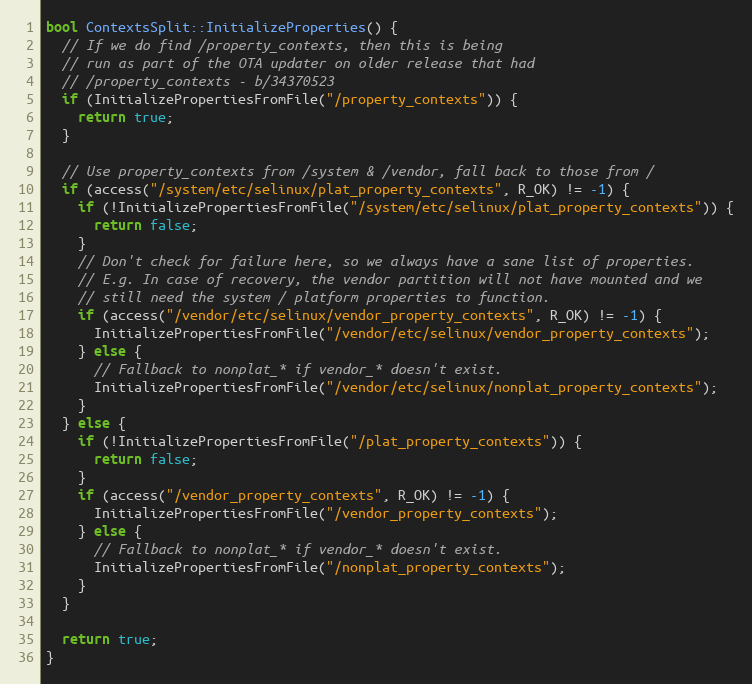
Language: C++
bool ContextsSplit::InitializeProperties() {
  // If we do find /property_contexts, then this is being
  // run as part of the OTA updater on older release that had
  // /property_contexts - b/34370523
  if (InitializePropertiesFromFile("/property_contexts")) {
    return true;
  }

  // Use property_contexts from /system & /vendor, fall back to those from /
  if (access("/system/etc/selinux/plat_property_contexts", R_OK) != -1) {
    if (!InitializePropertiesFromFile("/system/etc/selinux/plat_property_contexts")) {
      return false;
    }
    // Don't check for failure here, so we always have a sane list of properties.
    // E.g. In case of recovery, the vendor partition will not have mounted and we
    // still need the system / platform properties to function.
    if (access("/vendor/etc/selinux/vendor_property_contexts", R_OK) != -1) {
      InitializePropertiesFromFile("/vendor/etc/selinux/vendor_property_contexts");
    } else {
      // Fallback to nonplat_* if vendor_* doesn't exist.
      InitializePropertiesFromFile("/vendor/etc/selinux/nonplat_property_contexts");
    }
  } else {
    if (!InitializePropertiesFromFile("/plat_property_contexts")) {
      return false;
    }
    if (access("/vendor_property_contexts", R_OK) != -1) {
      InitializePropertiesFromFile("/vendor_property_contexts");
    } else {
      // Fallback to nonplat_* if vendor_* doesn't exist.
      InitializePropertiesFromFile("/nonplat_property_contexts");
    }
  }

  return true;
}